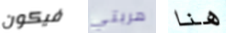
فيكون هربتي هنا